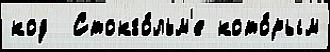
код  Стокго́льм'е кото́рым